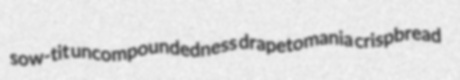
sow-tit uncompoundedness drapetomania crispbread